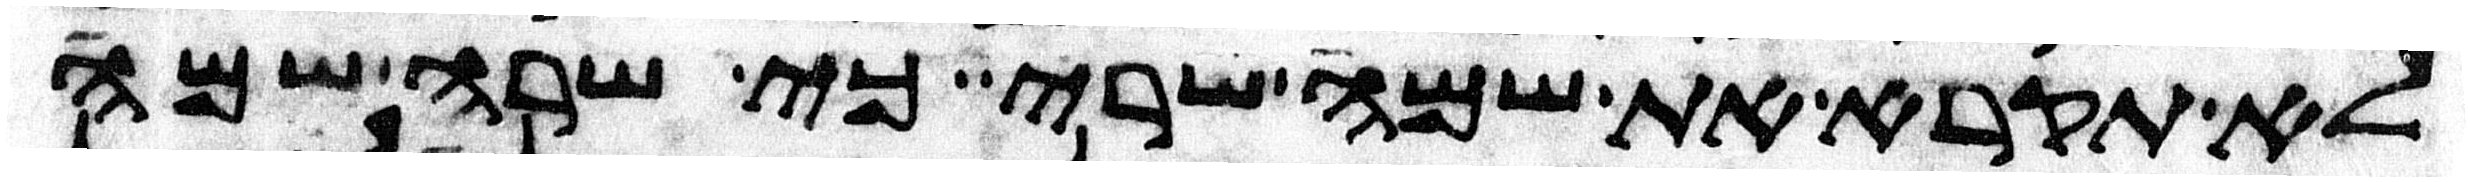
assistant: לא תקרא את שמה שרי כי שרה שמה